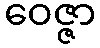
ဝေဇ္ဇာ